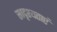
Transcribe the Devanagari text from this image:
सादृश्यताएं